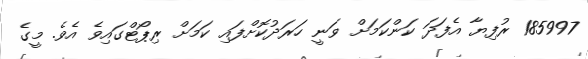
185997 ރުފިޔާ އެފަދަ ކަންކަމަށް ވަނީ ހަރަދުކޮށްފައި ކަމަށް ރިޕޯޓްގައިވެ އެވެ. މީގެ